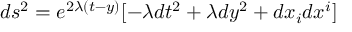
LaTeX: d s ^ { 2 } = e ^ { 2 \lambda ( t - y ) } [ - \lambda d t ^ { 2 } + \lambda d y ^ { 2 } + d x _ { i } d x ^ { i } ]